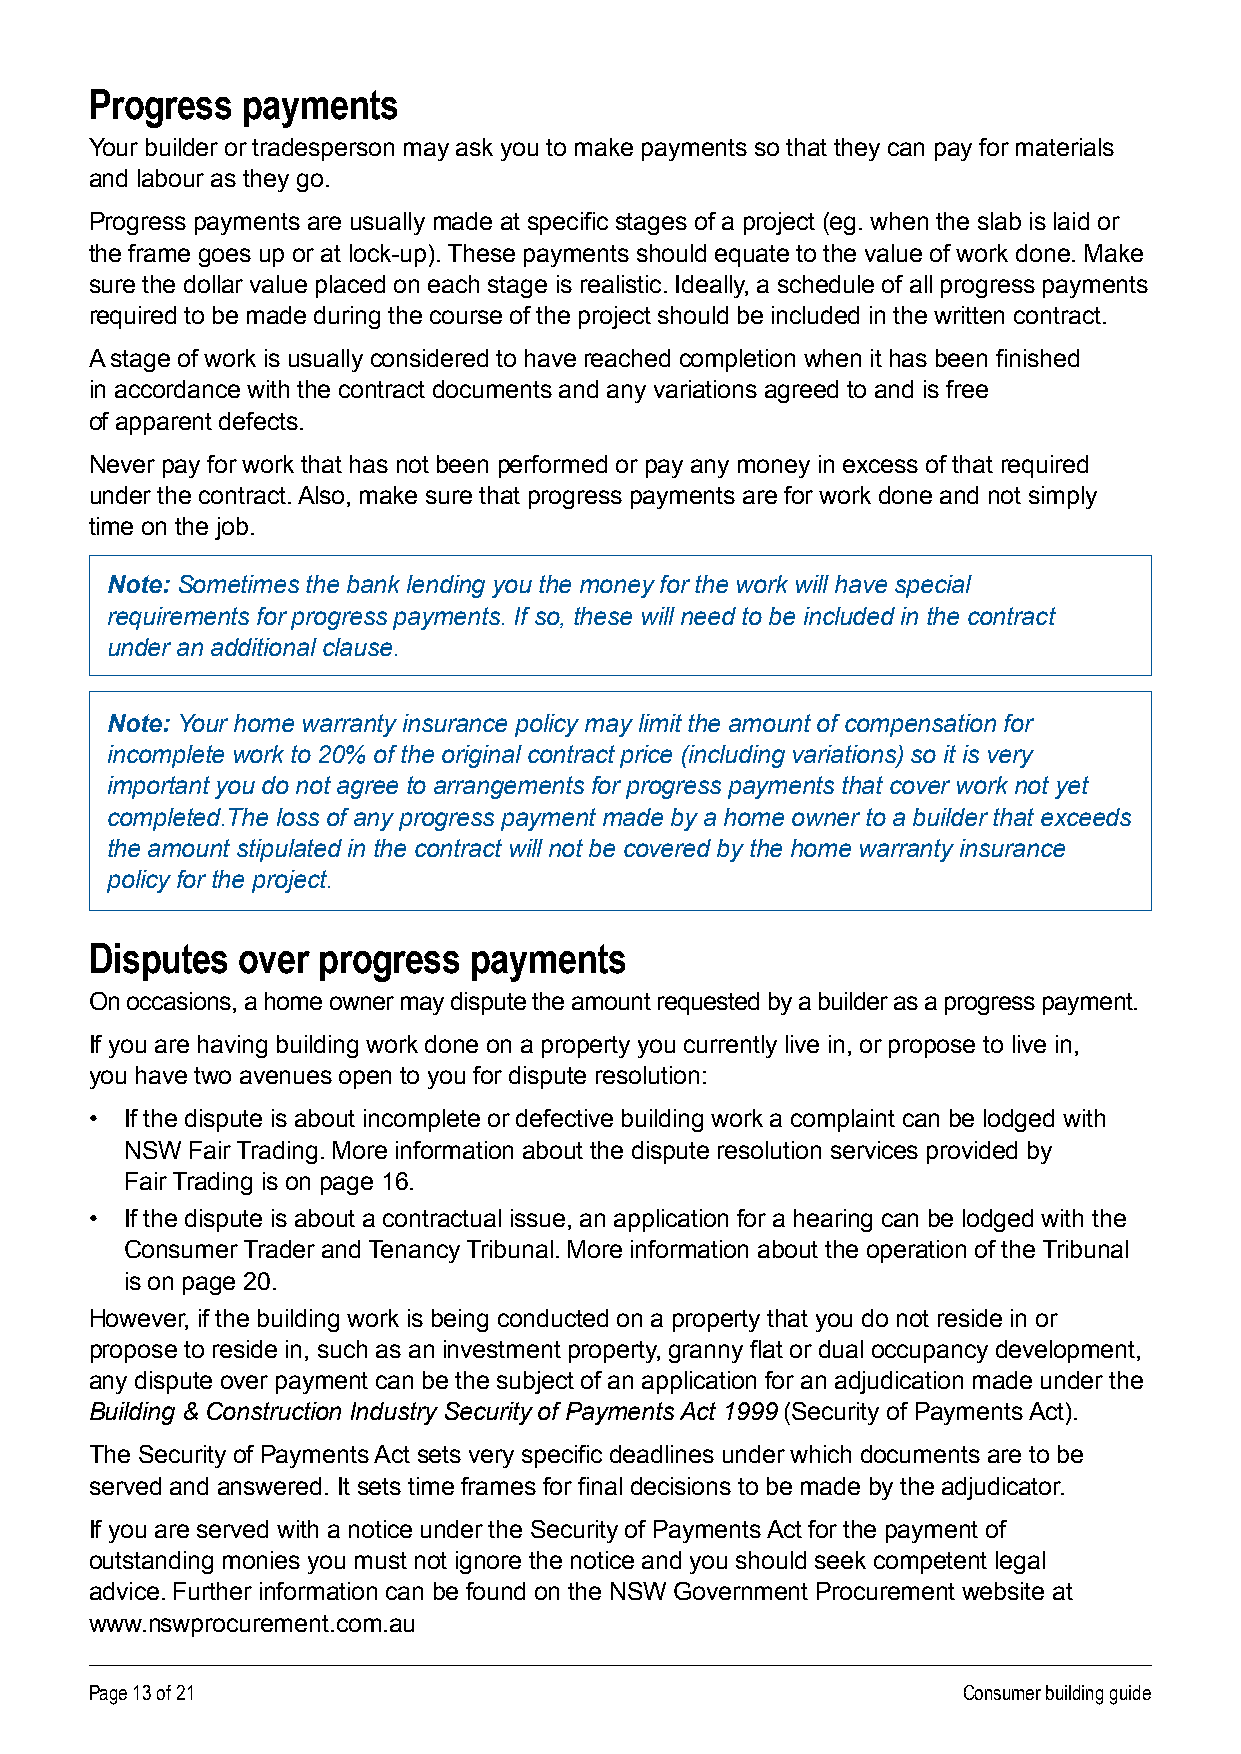
Progress  payments
 Your builder or tradesperson may ask you to make payments so that they can pay for materials
 and labour as they go .
 Progress payments are usually made at specific stages of a project (eg. when the slab is laid or
 the frame goes up or at lock-up) . These payments should equate to the value of work done . Make
 sure the dollar value placed on each stage is realistic . Ideally, a schedule of all progress payments
 required to be made during the course of the project should be included in the written contract .
 A stage of work is usually considered to have reached completion when it has been finished
 in accordance with the contract documents and any variations agreed to and is free
 of apparent defects .
 Never pay for work that has not been performed or pay any money in excess of that required
 under the contract . Also, make sure that progress payments are for work done and not simply
 time on the job .
 Note: Sometimes the bank lending you the money for the work will have special
 requirements for progress payments. If so, these will need to be included in the contract
 under an additional clause.
 Note: Your home warranty insurance policy may limit the amount of compensation for
 incomplete work to 20% of the original contract price (including variations) so it is very
 important you do not agree to arrangements for progress payments that cover work not yet
 completed.The loss of any progress payment made by a home owner to a builder that exceeds
 the amount stipulated in the contract will not be covered by the home warranty insurance
 policy for the project.
 Disputes  over progress  payments
 On occasions, a home owner may dispute the amount requested by a builder as a progress payment .
 If you are having building work done on a property you currently live in, or propose to live in,
 you have two avenues open to you for dispute resolution:
 • If the dispute is about incomplete or defective building work a complaint can be lodged with
 NSW Fair Trading . More information about the dispute resolution services provided by
 Fair Trading is on page 16 .
 • If the dispute is about a contractual issue, an application for a hearing can be lodged with the
 Consumer Trader and Tenancy Tribunal . More information about the operation of the Tribunal
 is on page 20 .
 However, if the building work is being conducted on a property that you do not reside in or
 propose to reside in, such as an investment property, granny flat or dual occupancy development,
 any dispute over payment can be the subject of an application for an adjudication made under the
 Building & Construction Industry Security of Payments Act 1999 (Security of Payments Act) .
 The Security of Payments Act sets very specific deadlines under which documents are to be
 served and answered. It sets time frames for final decisions to be made by the adjudicator.
 If you are served with a notice under the Security of Payments Act for the payment of
 outstanding monies you must not ignore the notice and you should seek competent legal
 advice . Further information can be found on the NSW Government Procurement website at
 www .nswprocurement .com .au
 Page 13 of 21                                             Consumer building guide